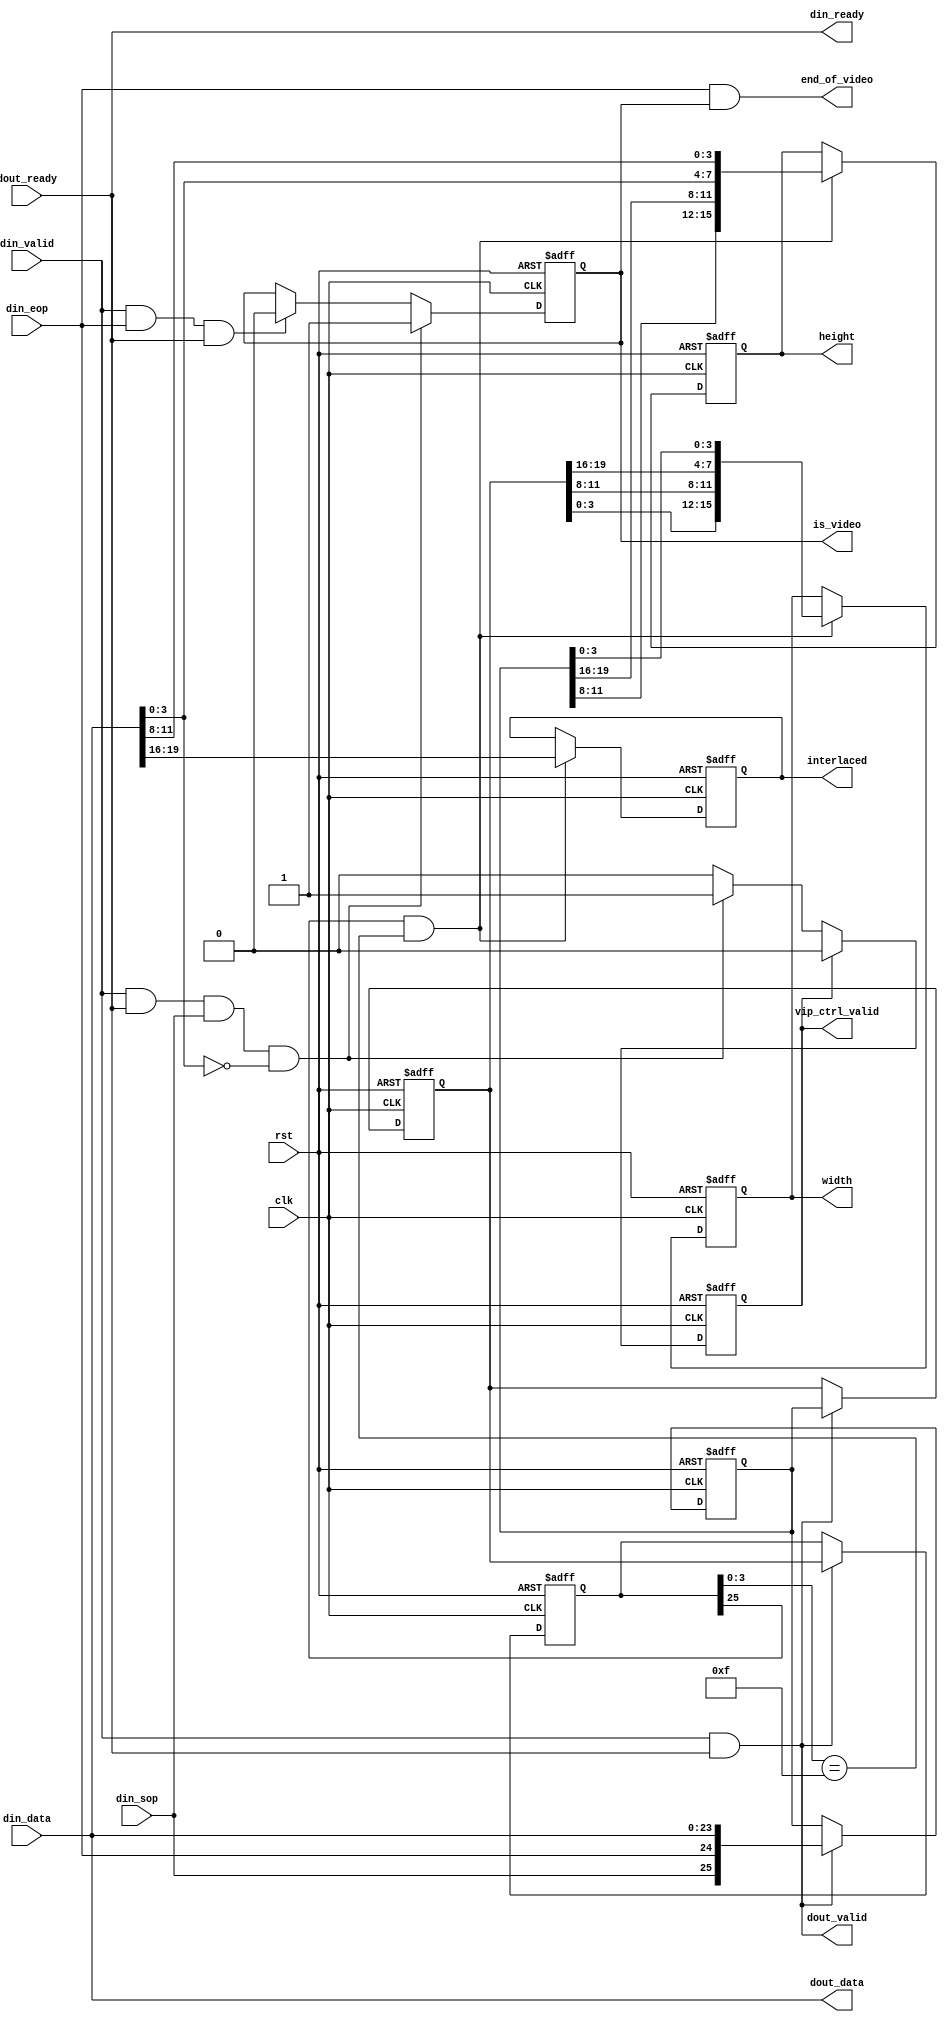
module alt_vip_common_control_packet_decoder

	#(parameter BITS_PER_SYMBOL = 8,
		parameter SYMBOLS_PER_BEAT = 3)
		
	(	input		clk,
		input		rst,
			
		// Avalon-ST sink interface (external)
		output	din_ready,
		input		din_valid,
		input		din_sop,
		input		din_eop,
		input		[BITS_PER_SYMBOL * SYMBOLS_PER_BEAT - 1:0] din_data,
		
		// Avalon-ST source interface (internal - to user algorithm)
		input		dout_ready,
		output	dout_valid,
		output	[BITS_PER_SYMBOL * SYMBOLS_PER_BEAT - 1:0] dout_data,
		
		// decoded signals
		output	end_of_video,      // high during last active video pixel in video packet
		output  is_video,          // high during active video pixels in video packet
		output	[15:0] width,      // width of video field
		output	[15:0] height,     // heigth of video field
		output	[3:0] interlaced,	 // interlaced flags 	
		output	vip_ctrl_valid);   // high when width, height and interlaced are valid for next video packet
		
// Number of register stages depends on parameter #SYMBOLS_PER_BEAT (1, 2, 3, or 4)
localparam PACKET_LENGTH = 10;
localparam VALID_LATENCY = 	(SYMBOLS_PER_BEAT == 1) ? 10 : 
							(SYMBOLS_PER_BEAT == 2) ? 6 : 4;

// internal signals
reg [BITS_PER_SYMBOL * SYMBOLS_PER_BEAT+1:0] register [(PACKET_LENGTH-2)/SYMBOLS_PER_BEAT:0]; //{sop, eop, data}
reg [15:0] width_reg;
reg [15:0] height_reg;
reg [3:0] interlaced_reg;
wire [15:0] width_out;
wire [15:0] height_out;
wire [3:0] interlaced_out;
reg is_video_reg;
reg vip_ctrl_valid_reg;
wire start_control_packet;

generate begin : generate_registers
	genvar i;
	for (i = 0; i <= (PACKET_LENGTH-2)/SYMBOLS_PER_BEAT; i = i + 1) begin : init_registers
	
		always @(posedge clk or posedge rst)
			if (rst) begin
				register [i] <= {(BITS_PER_SYMBOL * SYMBOLS_PER_BEAT + 2){1'b0}};
			end
			else begin
				register [i] <= (din_valid & din_ready) ? (i>0) ? register [i-1] : {din_sop, din_eop, din_data} : register [i];
			end
	end
end
endgenerate
		
// Extract control parameters from registers depending on #SYMBOLS_PER_BEAT (only 1, 2, 3, 4 possible)			
generate
	if (SYMBOLS_PER_BEAT == 1) begin // color planes in series
		assign start_control_packet = ((register [8] [BITS_PER_SYMBOL * SYMBOLS_PER_BEAT+1] == 1'b1) && (register [8] [3:0] == 4'hF));
		assign width_out = start_control_packet ? {register [7] [3:0], register [6] [3:0], register [5] [3:0], register [4] [3:0]} : width_reg;
		assign height_out = start_control_packet ? {register [3] [3:0], register [2] [3:0], register [1] [3:0], register [0] [3:0]} : height_reg;
		assign interlaced_out = start_control_packet ? din_data [3:0] : interlaced_reg;
	end
	else if (SYMBOLS_PER_BEAT == 2) begin // two color planes in parallel, e.g. Y and C
		assign start_control_packet = ((register [4] [BITS_PER_SYMBOL * SYMBOLS_PER_BEAT+1] == 1'b1) && (register [4] [3:0] == 4'hF));
		assign width_out = start_control_packet ? {register [3] [3:0], register [3] [BITS_PER_SYMBOL+3:BITS_PER_SYMBOL], register [2] [3:0], register [2] [BITS_PER_SYMBOL+3:BITS_PER_SYMBOL]} : width_reg;
		assign height_out = start_control_packet ? {register [1] [3:0], register [1] [BITS_PER_SYMBOL+3:BITS_PER_SYMBOL], register [0] [3:0], register [0] [BITS_PER_SYMBOL+3:BITS_PER_SYMBOL]} : height_reg;
		assign interlaced_out = start_control_packet ? din_data [3:0] : interlaced_reg;
	end
	else if (SYMBOLS_PER_BEAT == 3) begin // three color planes in parallel, e.g. R, G, B
		assign start_control_packet = ((register [2] [BITS_PER_SYMBOL * SYMBOLS_PER_BEAT+1] == 1'b1) && (register [2] [3:0] == 4'hF)); 
		assign width_out = start_control_packet ? {register [1] [3:0], register [1] [BITS_PER_SYMBOL+3:BITS_PER_SYMBOL], register [1] [2*BITS_PER_SYMBOL+3:2*BITS_PER_SYMBOL], register [0] [3:0]} : width_reg;
		assign height_out = start_control_packet ? {register [0] [BITS_PER_SYMBOL+3:BITS_PER_SYMBOL], register [0] [2*BITS_PER_SYMBOL+3:2*BITS_PER_SYMBOL], din_data [3:0], din_data [BITS_PER_SYMBOL+3:BITS_PER_SYMBOL]} : height_reg;
		assign interlaced_out = start_control_packet ? din_data [2*BITS_PER_SYMBOL+3:2*BITS_PER_SYMBOL] : interlaced_reg;
	end
	else if (SYMBOLS_PER_BEAT == 4) begin // four color planes in parallel, e.g. R, G, B, alpha
		assign start_control_packet = ((register [2] [BITS_PER_SYMBOL * SYMBOLS_PER_BEAT+1] == 1'b1) && (register [2] [3:0] == 4'hF)); 
		assign width_out = start_control_packet ? {register [1] [3:0], register [1] [BITS_PER_SYMBOL+3:BITS_PER_SYMBOL], register [1] [2*BITS_PER_SYMBOL+3:2*BITS_PER_SYMBOL],  register [1] [3*BITS_PER_SYMBOL+3:3*BITS_PER_SYMBOL]} : width_reg;
		assign height_out = start_control_packet ? {register [0] [3:0], register [0] [BITS_PER_SYMBOL+3:BITS_PER_SYMBOL], register [0] [2*BITS_PER_SYMBOL+3:2*BITS_PER_SYMBOL],  register [0] [3*BITS_PER_SYMBOL+3:3*BITS_PER_SYMBOL]} : height_reg;
		assign interlaced_out = start_control_packet ? din_data [3:0] : interlaced_reg;
	end
endgenerate
	
always @(posedge clk or posedge rst)
	if (rst) begin
		is_video_reg <= 1'b0;
		vip_ctrl_valid_reg <= 1'b0;
	end
	else begin
		if (din_valid && din_ready && din_sop && (din_data [3:0] == 4'h0)) begin // video frame packet start
			vip_ctrl_valid_reg <= 1'b1;
			is_video_reg <= 1'b1;
		end
		else if (din_valid && din_eop && din_ready) begin // end of packet
			is_video_reg <= 1'b0; 
		end
		if (vip_ctrl_valid_reg) begin
			vip_ctrl_valid_reg <= 1'b0;
		end
	end
										
// register internal signals						
always @(posedge clk or posedge rst)
	if (rst) begin
		width_reg <= 16'd640;
		height_reg <= 16'd480;
		interlaced_reg <= 4'd0;
	end
	else begin
		width_reg <= width_out;
		height_reg <= height_out;
		interlaced_reg <= interlaced_out;
	end

// assign output control signals			
assign width = width_reg;
assign height = height_reg;
assign interlaced = interlaced_reg;
assign vip_ctrl_valid = vip_ctrl_valid_reg;

assign end_of_video = din_eop & is_video_reg; // eop of video frame
assign is_video = is_video_reg;	// active video
		
// feed through Avalon-ST signals
assign din_ready = dout_ready;
assign dout_valid = din_valid & din_ready;
assign dout_data = din_data;

endmodule